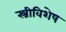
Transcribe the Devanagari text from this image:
स्त्रीविशेष